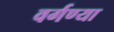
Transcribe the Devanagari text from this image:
वर्गण्या